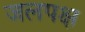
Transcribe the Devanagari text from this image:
जलपक्ष